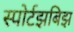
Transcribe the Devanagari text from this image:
स्पोर्टझबिझ